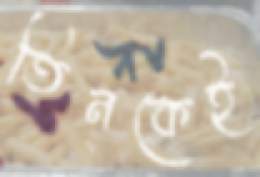
তিনকেই